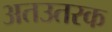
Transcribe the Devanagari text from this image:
अतउतरक